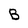
Character: B